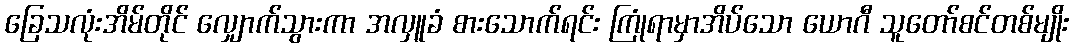
ခြေသလုံးအိမ်တိုင် လျှောက်သွားကာ အလှူခံ စားသောက်ရင်း ကြုံရာမှာအိပ်သော ယောဂီ သူတော်စင်တစ်မျိုး